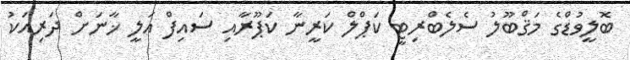
ބޮލީވުޑްގެ މަޤްބޫލު ސެލެބްރިޓީ ކަޕްލް ކަރީނާ ކަޕޫރާއި ސައިފް އަލީ ޚާނަށް ދަރިއަކު